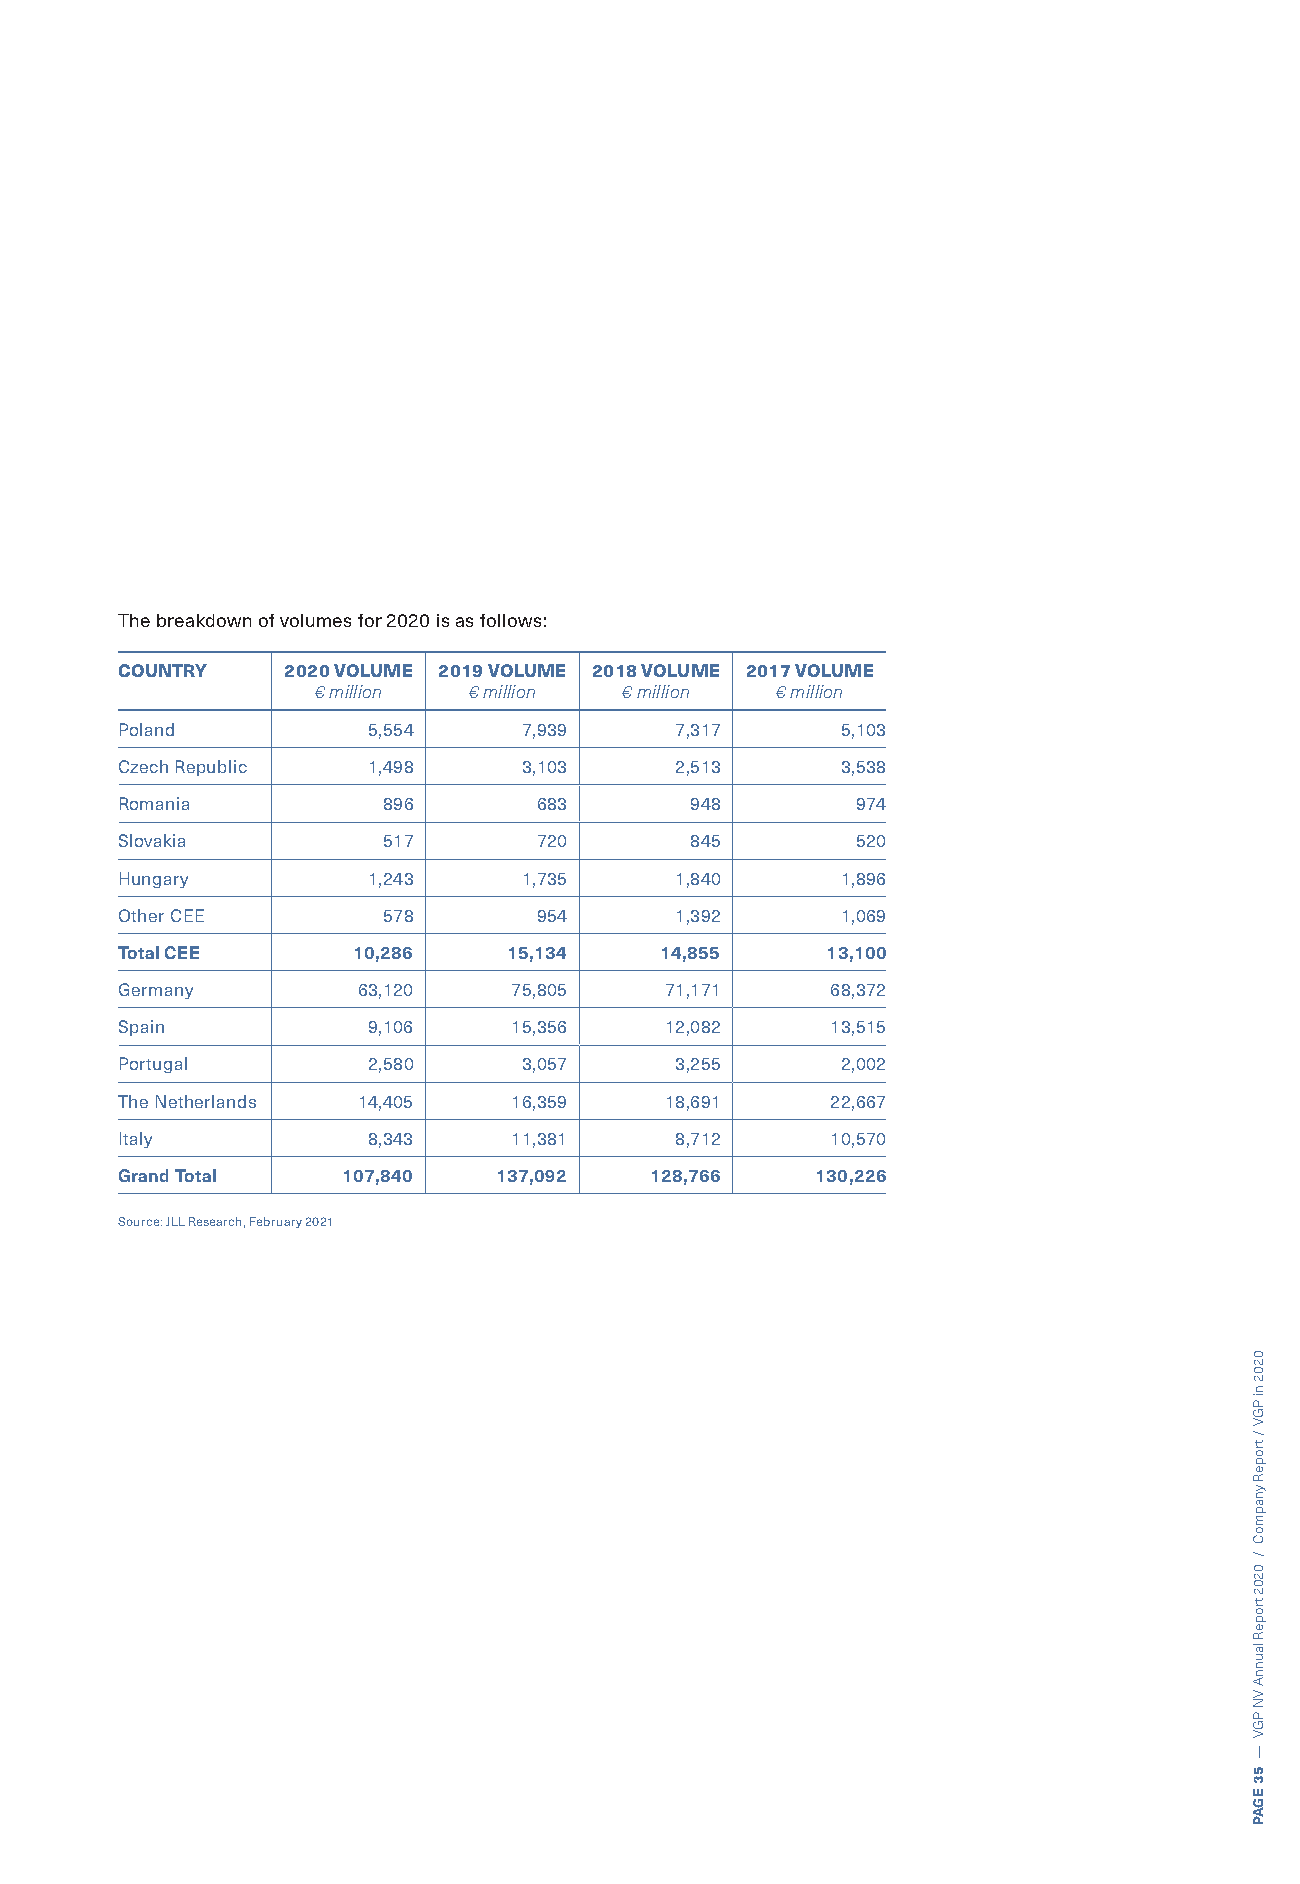
The breakdown of volumes for 2020 is as follows:
 COUNTRY    2020 VOLUME 2019 VOLUME 2018 VOLUME 2017 VOLUME
 € million € million € million € million
 Poland          5,554      7,939     7,317      5,103
 Czech Republic  1,498      3,103     2,513      3,538
 Romania          896       683        948        974
 Slovakia         517        720       845        520
 Hungary         1,243      1,735     1,840      1,896
 Other CEE        578       954       1,392      1,069
 Total CEE      10,286     15,134    14,855     13,100
 Germany         63,120    75,805    71,171     68,372
 Spain           9,106     15,356    12,082     13,515
 Portugal        2,580      3,057     3,255      2,002
 The Netherlands 14,405    16,359    18,691     22,667
 Italy           8,343     11,381     8,712     10,570
 Grand Total    107,840   137,092   128,766    130,226
 Source: JLL Research, February 2021
 0202
 ni
 PGV
 /
 tropeR
 ynapmoC
 /
 0202
 tropeR
 launnA
 VN
 PGV
 —
 53
 EGAP